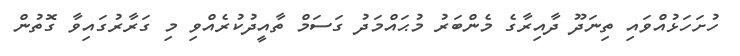
ހުށަހަޅުއްވައި ތިނަދޫ ދާއިރާގެ މެންބަރު މުޙައްމަދު ގަސަމް ތާއީދުކުރެއްވި މި ގަރާރުގައިވާ ގޮތުން